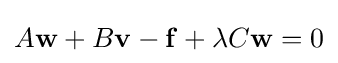
A\mathbf {w} +B\mathbf {v} -\mathbf {f} +\lambda C\mathbf {w} =0